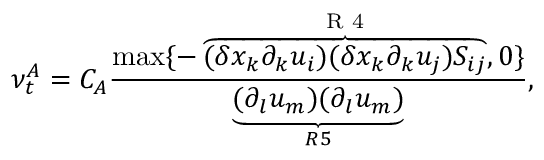
\nu _ { t } ^ { A } = C _ { A } \frac { \mathrm { m a x } \{ - \overbrace { ( \delta x _ { k } \partial _ { k } u _ { i } ) ( \delta x _ { k } \partial _ { k } u _ { j } ) S _ { i j } } ^ { \mathrm { ~ R ~ 4 ~ } } , 0 \} } { \underbrace { ( \partial _ { l } u _ { m } ) ( \partial _ { l } u _ { m } ) } _ { R 5 } } ,